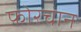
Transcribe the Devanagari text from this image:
फोरचान